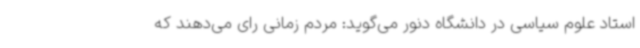
استاد علوم سیاسی در دانشگاه دنور می‌گوید: مردم زمانی رای می‌دهند که